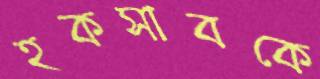
হকসাবকে